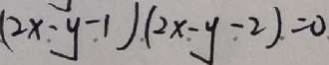
( 2 x - y - 1 ) ( 2 x - y - 2 ) = 0